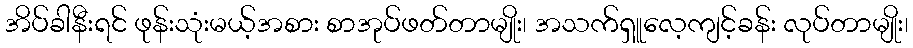
အိပ်ခါနီးရင် ဖုန်းသုံးမယ့်အစား စာအုပ်ဖတ်တာမျိုး၊ အသက်ရှူလေ့ကျင့်ခန်း လုပ်တာမျိုး၊